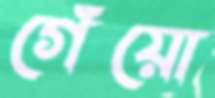
গেঁয়ো